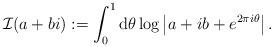
LaTeX: \begin{align*}\mathcal{I}(a+bi) := \int_0^1 \mathrm{d} \theta \log \left| a+ib + e^{ 2 \pi i \theta } \right| .\end{align*}